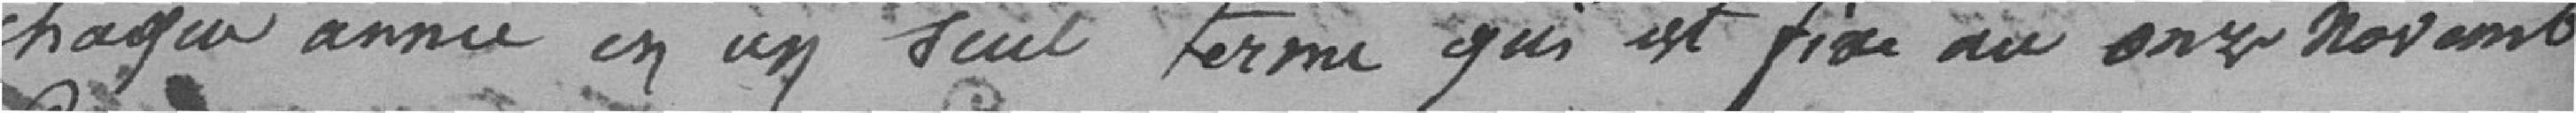
chaque année en un seul terme qui est fixé au onze novembre.